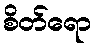
စိတ်ရော